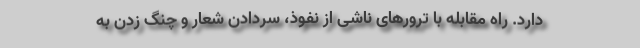
دارد. راه مقابله با ترورهای ناشی از نفوذ، سردادن شعار و چنگ زدن به